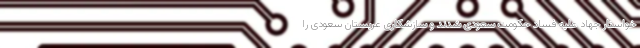
خواستار جهاد علیه فساد حکومت سعودی شدند و سازشکاری عربستان سعودی را